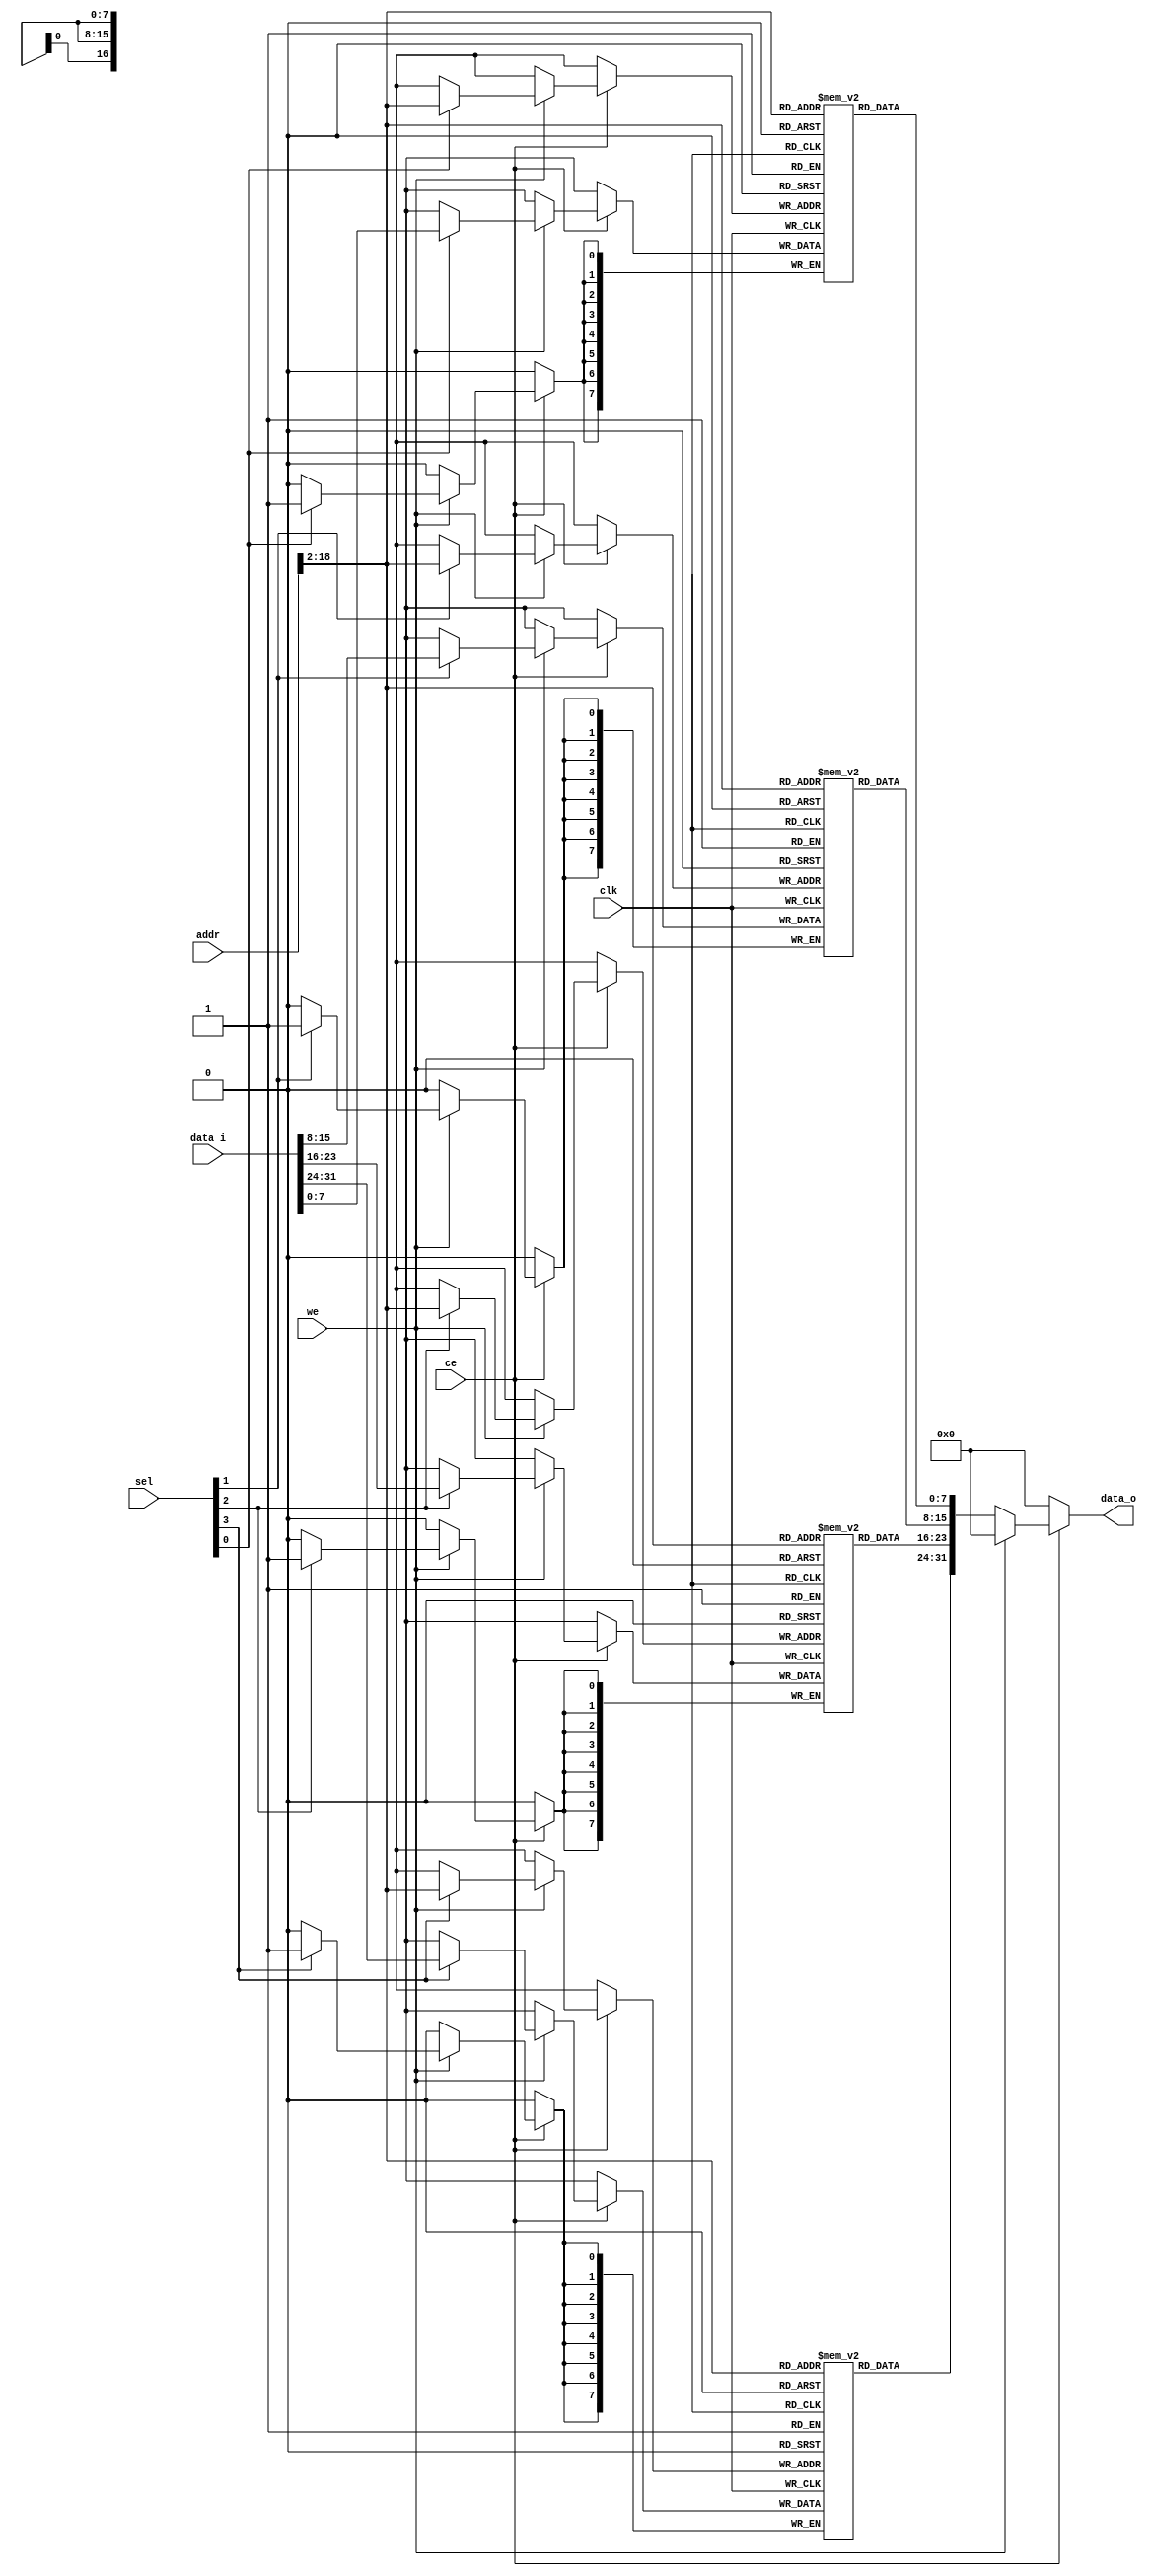

module inst_ram(

	input	wire				clk,
	input wire					ce,
	input wire					we,
	input wire[31:0]			addr,
	input wire[3:0]				sel,
	input wire[31:0]			data_i,
	output reg[31:0]			data_o
	
);

	reg[7:0]  data_mem0[0:131070];
	reg[7:0]  data_mem1[0:131070];
	reg[7:0]  data_mem2[0:131070];
	reg[7:0]  data_mem3[0:131070];

	always @ (posedge clk) begin
		if (ce == 1'b0) begin
		//	data_o <= 32'h0;
		end else if(we == 1'b1) begin
			  if (sel[3] == 1'b1) begin
		      data_mem3[addr[18:2]] <= data_i[31:24];
		    end
			  if (sel[2] == 1'b1) begin
		      data_mem2[addr[18:2]] <= data_i[23:16];
		    end
		    if (sel[1] == 1'b1) begin
		      data_mem1[addr[18:2]] <= data_i[15:8];
		    end
			  if (sel[0] == 1'b1) begin
		      data_mem0[addr[18:2]] <= data_i[7:0];
		    end			   	    
		end
	end
	
	always @ (*) begin
		if (ce == 1'b0) begin
			data_o <= 32'h0;
	  end else if(we == 1'b0) begin
		    data_o <= {data_mem3[addr[18:2]],
		               data_mem2[addr[18:2]],
		               data_mem1[addr[18:2]],
		               data_mem0[addr[18:2]]};
		end else begin
				data_o <= 32'h0;
		end
	end		

endmodule